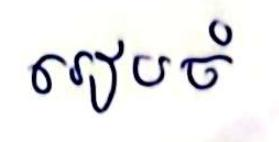
រៀបចំ